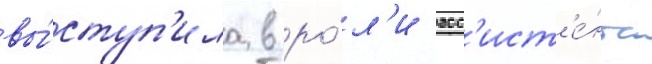
вы́ступ'ила в ро́л'и асс'ист'е́нта